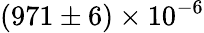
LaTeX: (971\pm 6)\times 10^{-6}